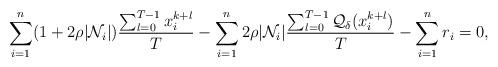
LaTeX: \begin{align*}\sum_{i=1}^n(1+2&\rho|\mathcal{N}_i|)\frac{\sum_{l=0}^{T-1}x_i^{k+l}}{T}-\sum_{i=1}^{n}2\rho|\mathcal{N}_i|\frac{\sum_{l=0}^{T-1}\mathcal{Q}_\delta(x_i^{k+l})}{T}-\sum_{i=1}^nr_i=0,\end{align*}